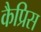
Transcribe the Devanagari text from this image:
कैप्रिस